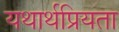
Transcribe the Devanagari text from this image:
यथार्थप्रियता